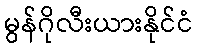
မွန်ဂိုလီးယားနိုင်ငံ